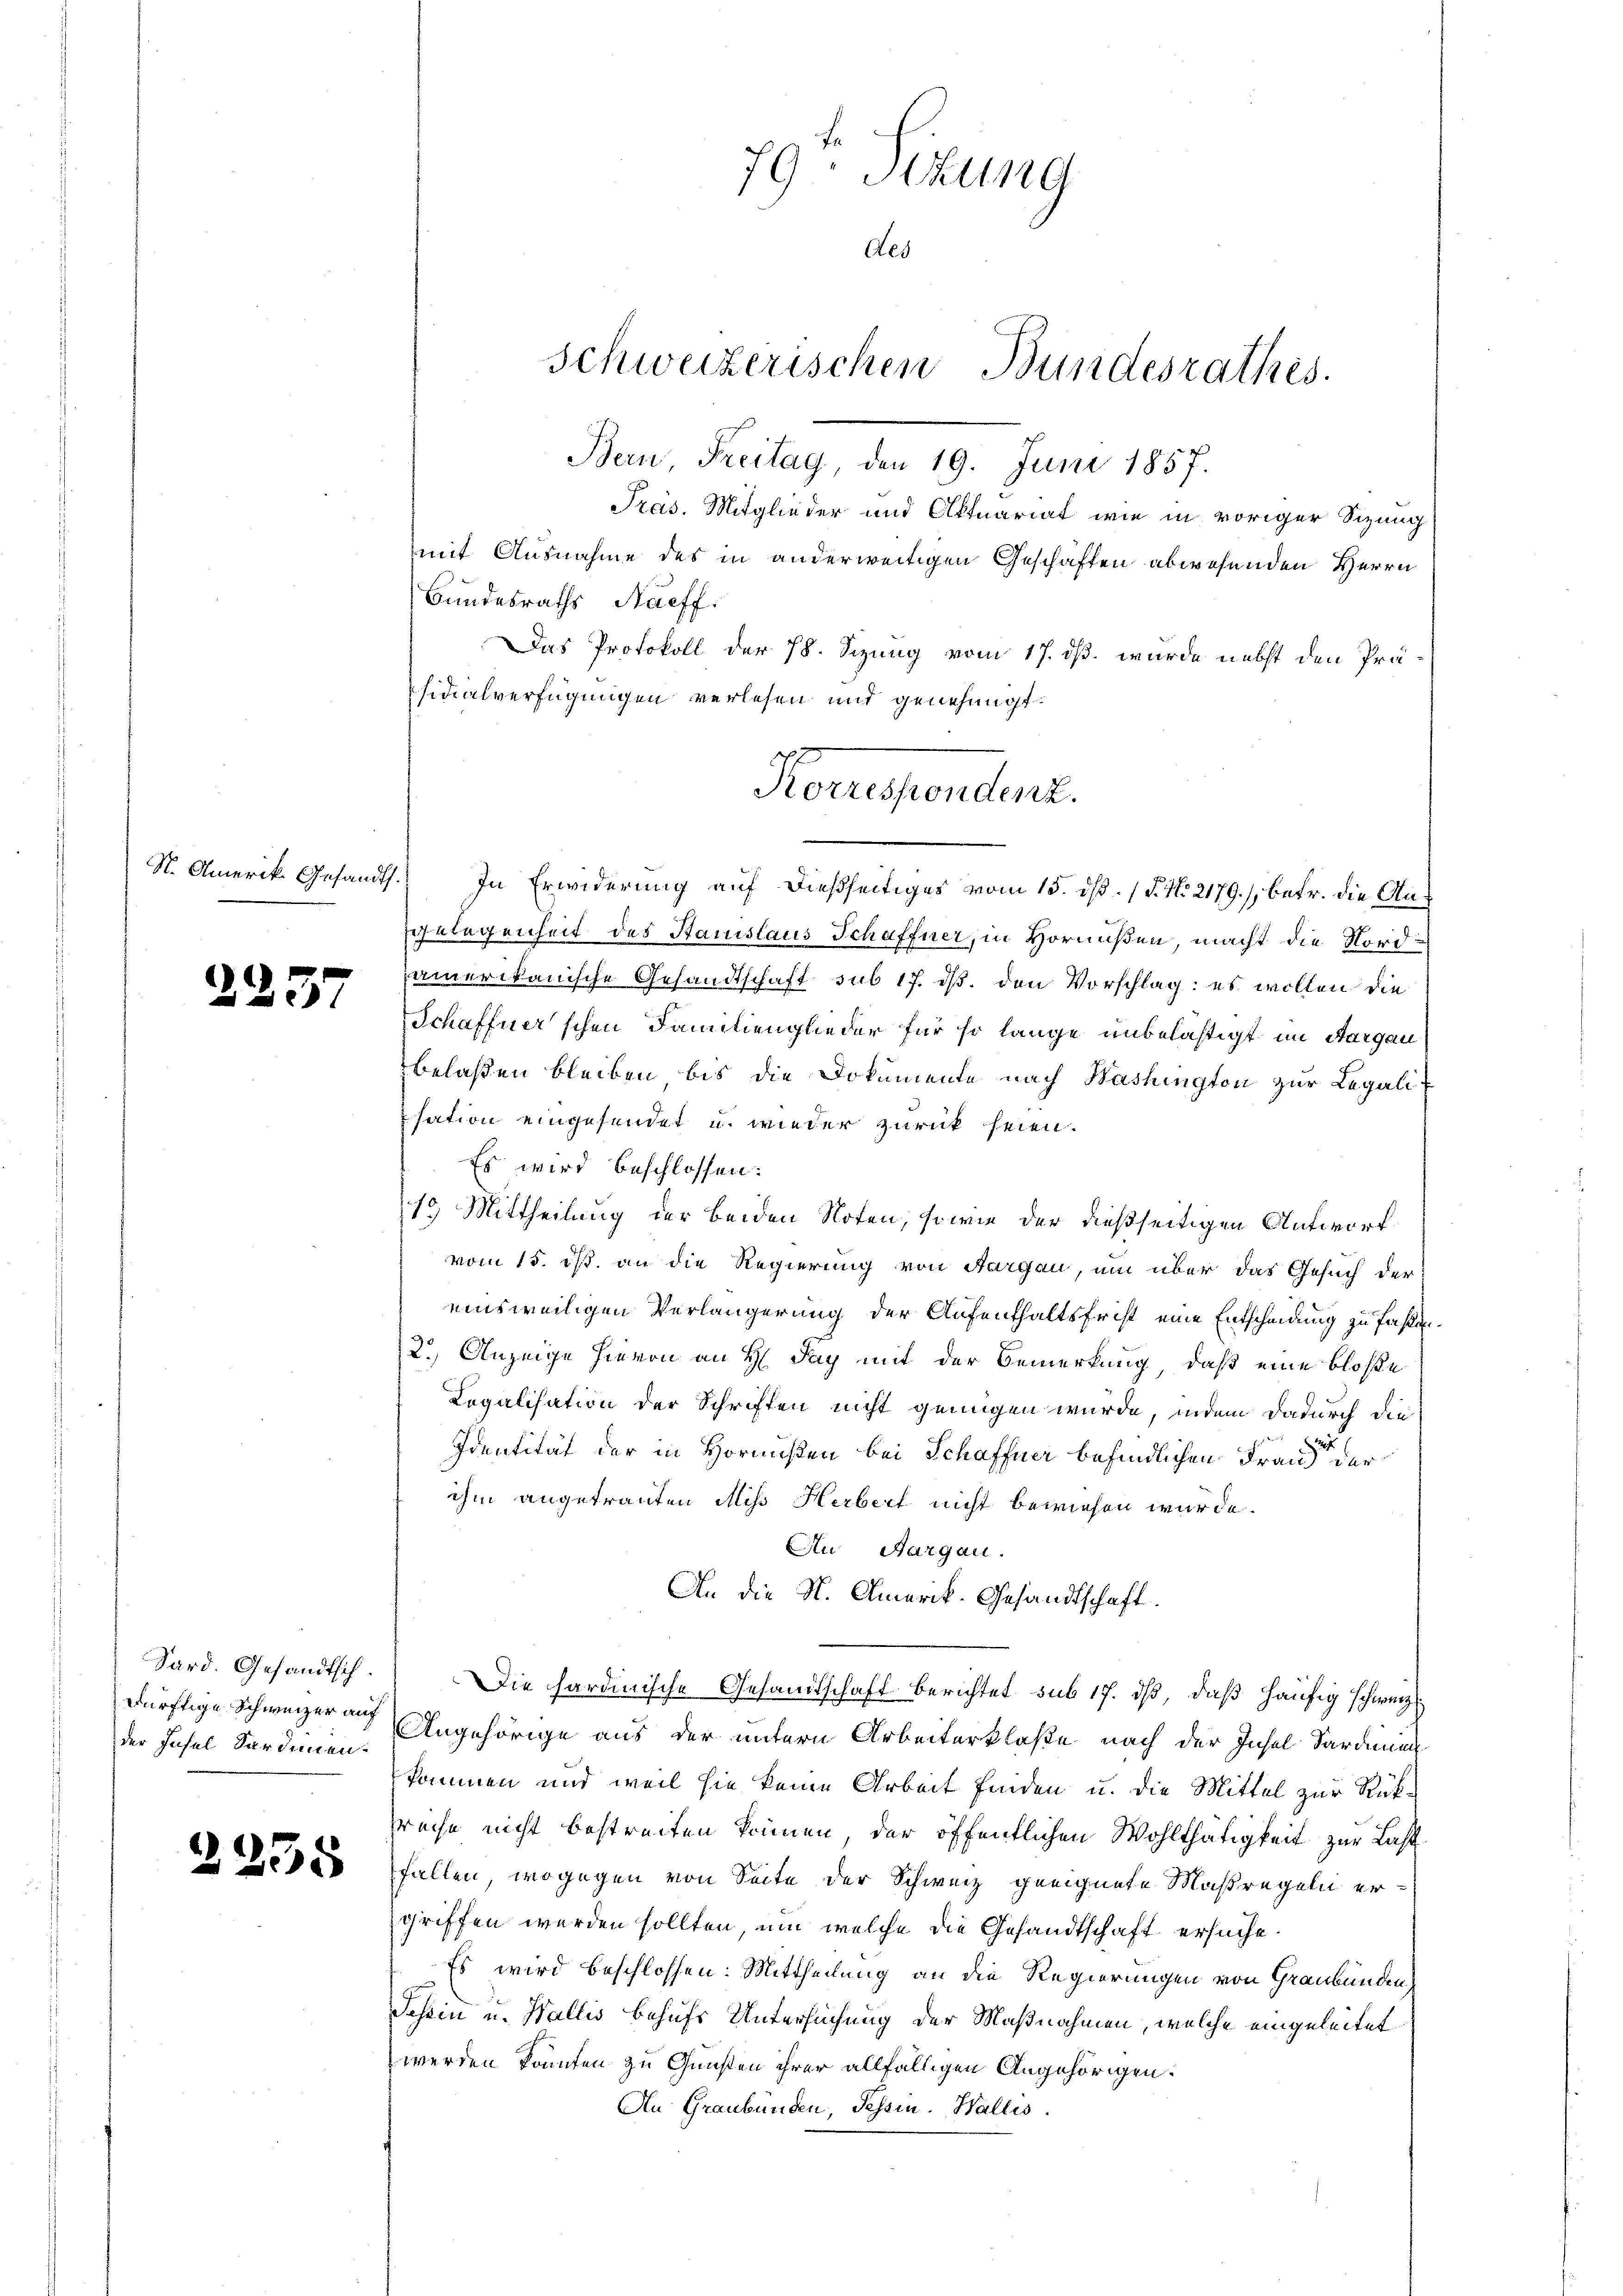
S. Amerik Gesandt

2237

Sard. Gesandtsch.
der Hasel Sardinen.

2238

2.

79: Sizung
Aes
Schweizerischen Bundesrathes.

Bern, Freitag, den 19. Juni 1857.
Präs. Mitglieder und Aktuariat wie in voriger Sizung
mit Ausnahme des in anderweitigen Geschäften abwesenden Herrn
Bundesraths Nüeff.
Das Protokoll der 78. Sizung vom 17. ds. wurde nebst den Präsidialverfügungen verlesen und genehmigt:
In Erwiderung auf dießseitiges vom 15. dß. (T. No 2179. /, betr. die An¬
Gelegenheit des Stanislaus Schaffner, in Hornußen, macht die Nordamerikanische Gesandtschaft sub 17. ds. den Vorschlag: es wollen die
Schaffner'schen Familienglieder für so lange unbelästigt im Aargau
belaßen bleiben bis die Dokumente nach Washington zur Legalit
sation eingesendet u. wieder zurück seien.
Es wird beschlossen:
15 Mittheilung der beiden Noten, sowie der dießseitigen Antworf
vom 15. ds. an die Regierung von Aargau, um über das Gesuch der
einsweiligen Verlängerung der Aufenthaltsfrist eine Entscheidung zu faßen.
2.) Anzeige hievon an H. Tag mit der Bemerkung, daß eine bloße
Legalisation der Schriften nicht genügen wurde, indem dadurch die
Identität der in Hornußen bei Schaffner befindlichen Frau der
ihm angetrauten Miss Herbeit nicht bewiesen wurde.
Au Aargau.
An die N. Amerik. Gesandtschaft.
Die hardinische Gesandtschaft berichtet sub 17. dß, daß häufig schweiz.
dürftige Schweizer auf Angehörige aus der untern Arbeiterklaße nach der Insel Sardinien
kommen und weil sie keine Arbeit finden u. die Mittel zur Rük¬
Preise nicht bestreiten können, der öffentlichen Wohlthätigkeit zur Last
fallen, wogegen von Seite der Schweiz geeignete Maßregeln ergriffen werden sollten, um welche die Gesandtschaft ersuche.
Es wird beschlossen: Mittheilung an die Regierungen von Graubünden,
Schein u. Wallis behufs Untersuchung der Maßnahmen, welche eingeleitet
werden könnten zu Gunsten ihrer allfälligen Angehörigen.
An Graubünden, Tessin. Wallis.

Korrespondent.